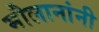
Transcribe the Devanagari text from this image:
मौलानांनी